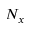
N _ { x }